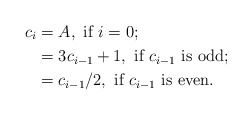
\begin{align*}c_i &= A, \mbox{ if $i=0$;} \\ &= 3c_{i-1}+1, \mbox{ if $c_{i-1}$ is odd;} \\ & = c_{i-1}/2, \mbox{ if $c_{i-1}$ is even.}\end{align*}